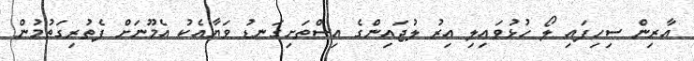
އާރިން ސިހިފައި ލޯ ހުޅުވައިލި އިރު ލުޖައިންގެ އިސްތަށިގަނޑު ވަޔާއެކު އެމޫނަށް ފެތުރިގަތުމުން